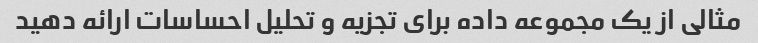
مثالی از یک مجموعه داده برای تجزیه و تحلیل احساسات ارائه دهید